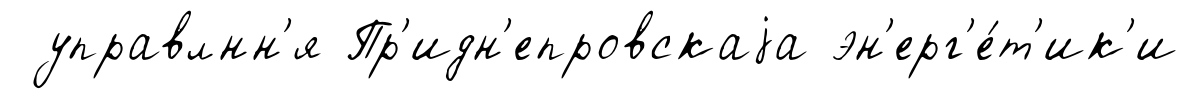
управлнн'я Пр'идн'епровскаjа эн'ерг'е́т'ик'и